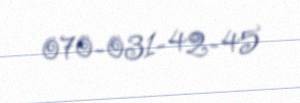
070-031-42-45